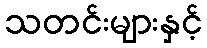
သတင်းများနှင့်